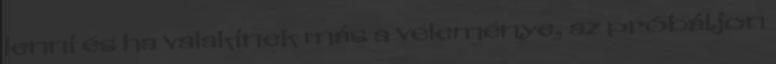
lenni és ha valakinek más a véleménye, az próbáljon